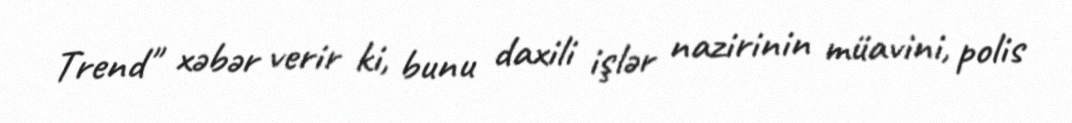
Trend" xəbər verir ki, bunu daxili işlər nazirinin müavini, polis